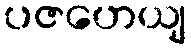
ပဇဟေယျ